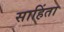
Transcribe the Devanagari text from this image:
साहिंता